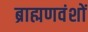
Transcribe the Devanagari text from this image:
ब्राह्मणवंशों